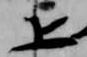
上